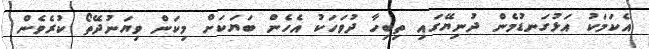
އެކަމަކު އަޅުގަނޑުމެން ދުނިޔޭގައި ތިބިހާ ދުވަހަކު އެހެން ބަޔަކަށް މިކަން ވިޔަނުދޭތޯ ކުރެވެން